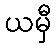
ယမှီ